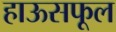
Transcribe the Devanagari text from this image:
हाऊसफूल